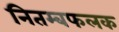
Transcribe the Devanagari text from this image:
नितम्बफलक